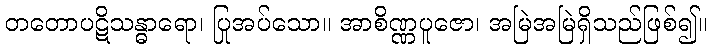
တတောပဋိသန္ဓာရော၊ ပြုအပ်သော။ အာစိဏ္ဏပူဇော၊ အမြဲအမြဲရှိသည်ဖြစ်၍။